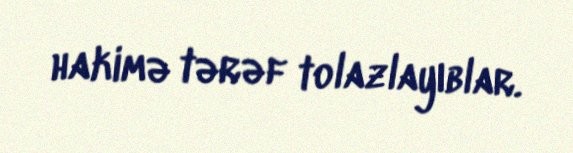
hakimə tərəf tolazlayıblar.